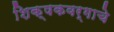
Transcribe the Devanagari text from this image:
शिक्षकवर्गाचे